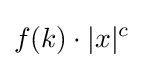
f(k)\cdot |x|^{c}